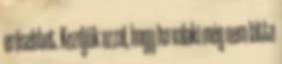
erősebbet. Kezdjük azzal, hogy ha valaki még nem látta